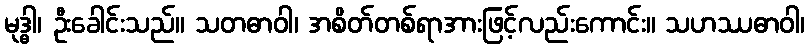
မုဒ္ဓါ၊ ဦးခေါင်းသည်။ သတဓာဝါ၊ အစိတ်တစ်ရာအားဖြင့်လည်းကောင်း။ သဟဿဓာဝါ၊